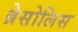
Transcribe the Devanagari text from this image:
ब्रेसोलिस